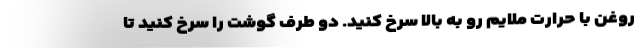
روغن با حرارت ملایم رو به بالا سرخ کنید. دو طرف گوشت را سرخ کنید تا